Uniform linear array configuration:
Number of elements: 12
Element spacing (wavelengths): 0.25
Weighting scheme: hann
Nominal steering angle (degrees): -15
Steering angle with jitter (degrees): -13.569
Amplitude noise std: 0.05
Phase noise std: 0.05

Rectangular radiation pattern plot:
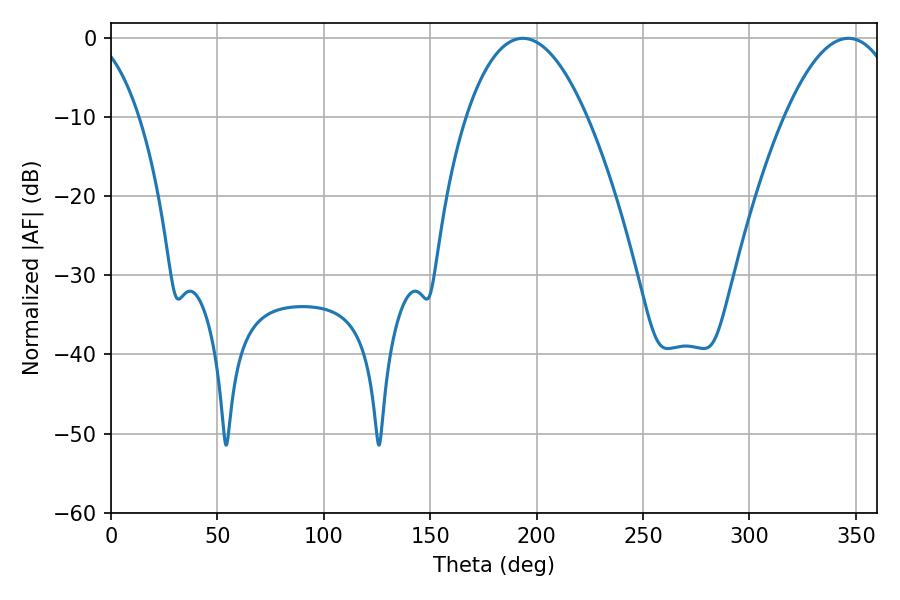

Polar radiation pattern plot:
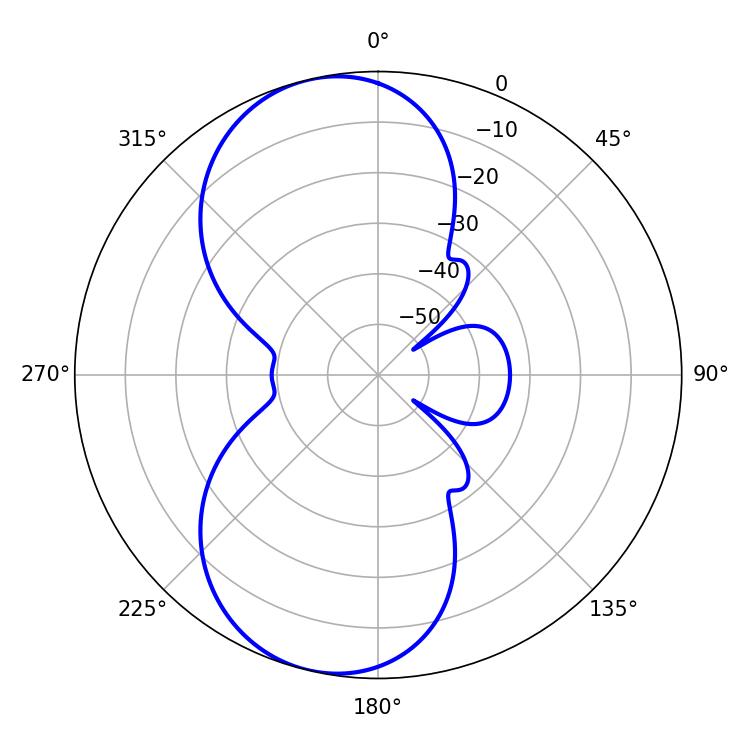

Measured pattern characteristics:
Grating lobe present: FALSE
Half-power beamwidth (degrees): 31.32
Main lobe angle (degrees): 193.5